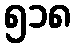
၅၁၈